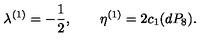
\lambda ^ { ( 1 ) } = - \frac { 1 } { 2 } , \qquad \eta ^ { ( 1 ) } = 2 c _ { 1 } ( d P _ { 8 } ) .